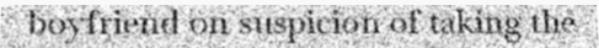
boyfriend on suspicion of taking the